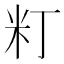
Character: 𥸧